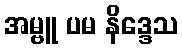
အမ္ဗူ ပမ နိဒ္ဒေသ